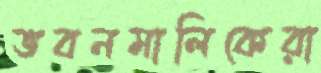
ভবনমালিকেরা